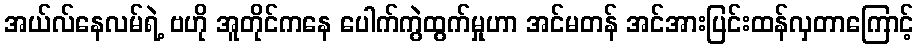
အယ်လ်နေလမ်ရဲ့ ဗဟို အူတိုင်ကနေ ပေါက်ကွဲထွက်မှုဟာ အင်မတန် အင်အားပြင်းထန်လှတာကြောင့်